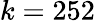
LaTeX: k=252